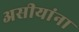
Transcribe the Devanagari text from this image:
असीयांना